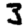
Digit: 3